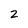
Character: 2